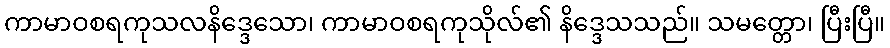
ကာမာဝစရကုသလနိဒ္ဒေသော၊ ကာမာဝစရကုသိုလ်၏ နိဒ္ဒေသသည်။ သမတ္တော၊ ပြီးပြီ။